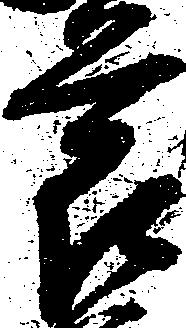
節